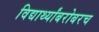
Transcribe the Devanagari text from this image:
विद्यार्थ्यांबरोबरच